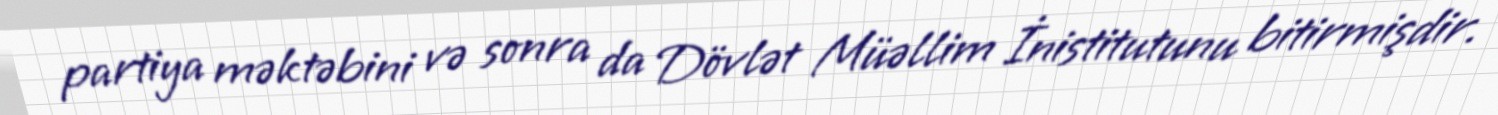
partiya məktəbini və sonra da Dövlət Müəllim İnistitutunu bitirmişdir.